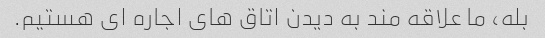
بله، ما علاقه مند به دیدن اتاق های اجاره ای هستیم.